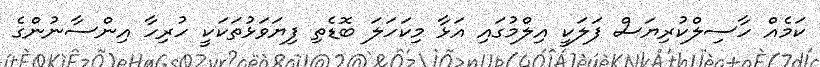
ކަމެއް ހާސިލްކުރިޔަސް ފަލަކީ އިލްމުގައި އަޅާ މިކަހަލަ ބޮޑެތި ފިޔަވަޅުތަކަކީ ހުރިހާ އިންސާނުންގެ